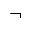
\neg